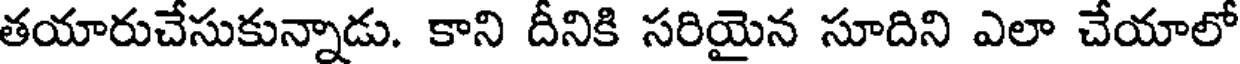
తయారుచేసుకున్నాడు. కాని దీనికి సరియైన సూదిని ఎలా చేయాలో